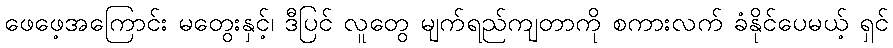
ဖေဖေ့အကြောင်း မတွေးနှင့်၊ ဒီပြင် လူတွေ မျက်ရည်ကျတာကို စကားလက် ခံနိုင်ပေမယ့် ရှင်